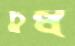
চুম্ব